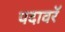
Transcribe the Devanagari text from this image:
पदावरॅ